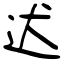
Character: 迖